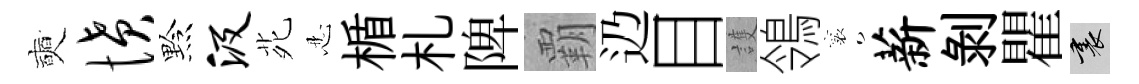
奭愤黔汲𫟍忍楯札陴覇辸目護鴒襄薪剝瞿裏